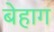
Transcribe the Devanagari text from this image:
बेहाग